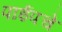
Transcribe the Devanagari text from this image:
पाईपचे